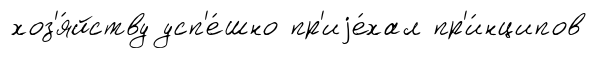
хоз'я́йству усп'е́шно пр'иjе́хал пр'и́нципов